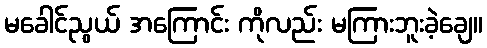
မခေါင်ညွယ် အကြောင်း ကိုလည်း မကြားဘူးခဲ့ချေ။